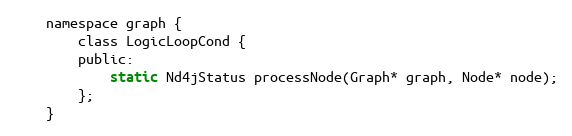
Language: C
    namespace graph {
        class LogicLoopCond {
        public:
            static Nd4jStatus processNode(Graph* graph, Node* node);
        };
    }